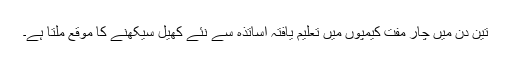
تین دن میں چار مفت کیمپوں میں تعلیم یافتہ اساتذہ سے نئے کھیل سیکھنے کا موقع ملتا ہے۔